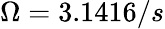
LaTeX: \Omega=3.1416/s